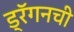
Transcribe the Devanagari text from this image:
ड्रॅगनची